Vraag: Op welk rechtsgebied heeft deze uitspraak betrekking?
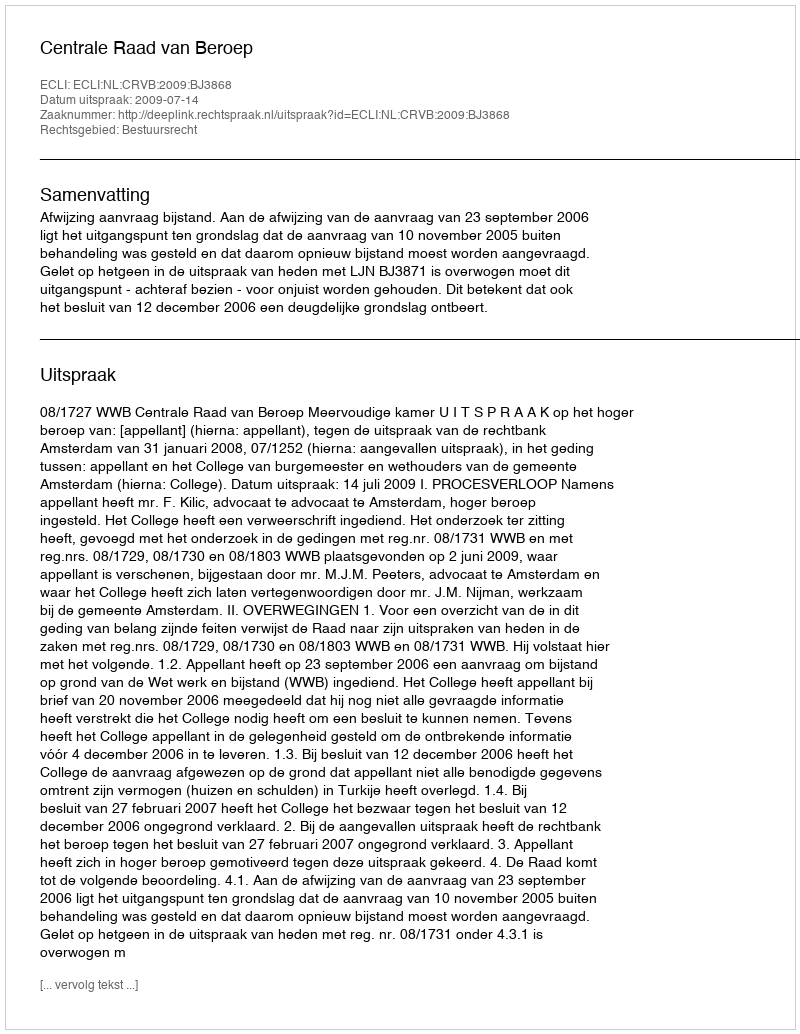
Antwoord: Bestuursrecht